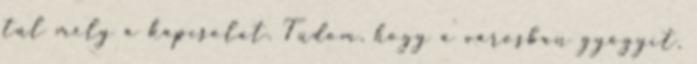
túl mély a kapcsolat. Tudom, hogy a városban gyógyít,